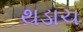
થડાચ